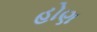
હોણ